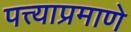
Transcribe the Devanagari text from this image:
पत्त्याप्रमाणे